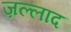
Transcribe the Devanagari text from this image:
ज़ल्लाद